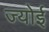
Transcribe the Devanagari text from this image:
ज्योई